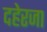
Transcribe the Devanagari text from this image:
दहेरजा